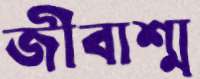
জীবাশ্ম